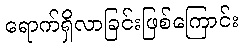
ရောက်ရှိလာခြင်းဖြစ်ကြောင်း